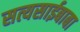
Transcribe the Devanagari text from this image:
सत्यसाईबाबा